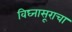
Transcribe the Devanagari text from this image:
विघ्नासूराचा